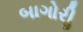
બાગોરીૢ